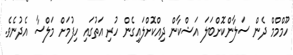
ހޫމްމްމް ދެން ސަލާންކޮށްބަލަ އަޝްކާން ދިއްކޮށްލައިގެން ހުރި އަތުގައި ހިފުމަށް މަލްސާ އެދުނެވެ.